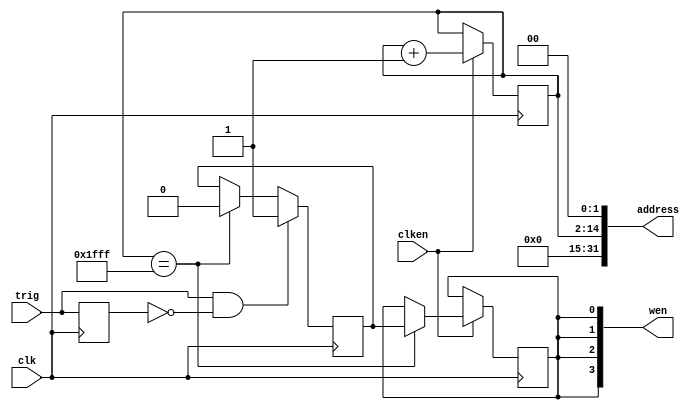
module address_counter #
(
  parameter integer COUNT_WIDTH = 13
)
(
  input  wire clken, // Clock enable
  input  wire trig, // Trigger
  input  wire clk,
  output wire [31:0] address,
  output wire [3:0] wen // Write enable
);

  localparam count_max = (1 << COUNT_WIDTH) - 1;
  reg trig_reg;
  reg trig_detected;

  reg wen_reg;

  reg [COUNT_WIDTH-1:0] count;

  initial count = 0;
  initial trig_detected = 0;
  initial wen_reg = 0;

  always @(posedge clk) begin
    trig_reg <= trig;
    // Rising edge detection
    if (trig & ~trig_reg) begin
        trig_detected <= 1;
    end else if (count == count_max) begin
        trig_detected <= 0;
    end
  end

  always @(posedge clk) begin
    if (clken) begin
      count <= count + 1;
      if (count == count_max) begin
        wen_reg <= trig_detected;
      end
    end
  end

  assign address = count << 2;
  assign wen = {4{wen_reg}};

endmodule